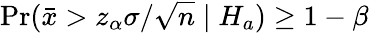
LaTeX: \operatorname*{Pr}({\bar{x}}>z_{\alpha}\sigma/{\sqrt{n}}\mid H_{a})\geq 1-\beta